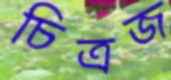
চিত্রজ